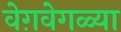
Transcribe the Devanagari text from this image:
वेग़वेगळ्या